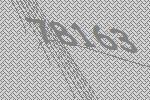
78163